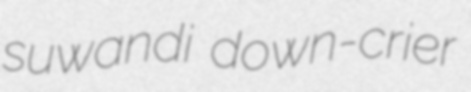
suwandi down-crier